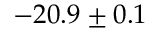
- 2 0 . 9 \pm 0 . 1